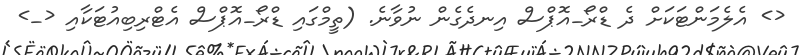
<> އެލެމަންޓަކަށް ދެ ޑްރޯ_އޮޕްސް އިނދެގެން ނުވާނެ. (ތީމްގައި ޑްރޯ_އޮޕްސް އެޓްރިބިއުޓަކާއި <_>